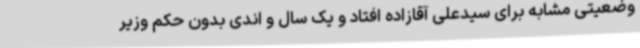
وضعیتی مشابه برای سیدعلی آقازاده افتاد و یک سال و اندی بدون حکم وزیر